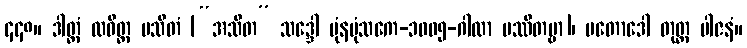
၄၄၈။ ဒါတ္တံ လဝိတ္တ မသိတံ [“အသိတ” သဒ္ဒေါ ပုံနပုံသကေ-၁၀၀၅-ဂါထာ ပဿိတဗ္ဗာ]၊ ပတောဒေါ တုတ္တ ပါဇနံ။